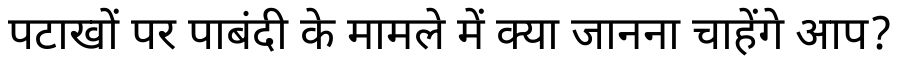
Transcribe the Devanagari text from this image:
पटाखों पर पाबंदी के मामले में क्या जानना चाहेंगे आप?